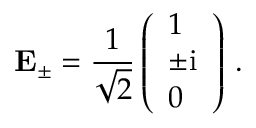
\mathbf { E } _ { \pm } = \frac { 1 } { \sqrt { 2 } } \left( \begin{array} { l } { 1 } \\ { \pm \mathrm { i } } \\ { 0 } \end{array} \right) \, .